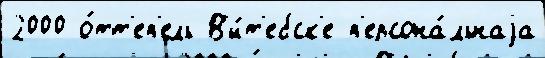
2000 о́тт'еп'ель В'и́т'ебск'е п'ерсона́льнаjа